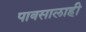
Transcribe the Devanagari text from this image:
पावसालाही